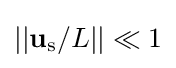
||\mathbf {u} _{\mathrm {s} }/L||\ll 1